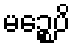
မဉ္စေပိ